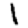
Digit: 1